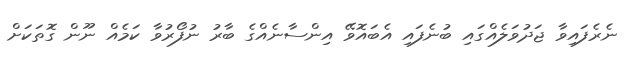
ނެރެފައިވާ ޖަދުވަލެއްގައި ބުނެފައި އެބައޮވޭ އިންސާނެއްގެ ބާރު ނުފޯރުވާ ކަމެއް ނޫން ގޮތަކަށް